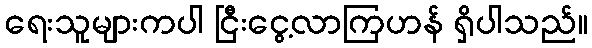
ရေးသူများကပါ ငြီးငွေ့လာကြဟန် ရှိပါသည်။